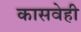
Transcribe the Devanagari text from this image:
कासवेही